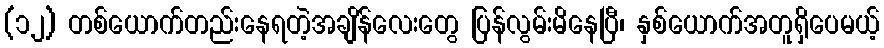
(၁၂) တစ်ယောက်တည်းနေရတဲ့အချိန်လေးတွေ ပြန်လွမ်းမိနေပြီ၊ နှစ်ယောက်အတူရှိပေမယ့်